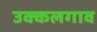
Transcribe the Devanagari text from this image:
उक्कलगाव